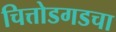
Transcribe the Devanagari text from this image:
चित्तोडगडचा